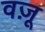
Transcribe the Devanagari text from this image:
वज़ू